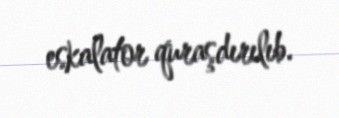
eskalator quraşdırılıb.